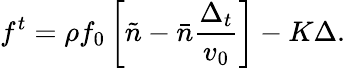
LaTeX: f^{t}=\rho f_{0}\left[\tilde{n}-\bar{n}\frac{\Delta_{t}}{v_{0}}\right]-K\Delta.